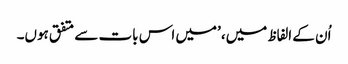
اُن کے الفاظ میں، ’میں اس بات سے متفق ہوں۔